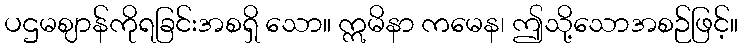
ပဌမဈာန်ကိုရခြင်းအစရှိ သော။ ဣမိနာ ကမေန၊ ဤသို့သောအစဉ်ဖြင့်။